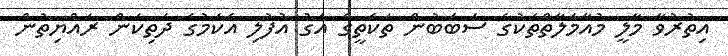
އިތުރުވާ މާލީ މުއާމަލާތްތަކުގެ ސަބަބުން ތަކެތީގެ އަގު އުފުލި އެކަމުގެ ދަތިކަން ރައްޔިތުން